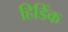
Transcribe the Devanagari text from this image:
हिडिंक